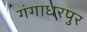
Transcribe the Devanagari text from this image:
गंगाधरपुर